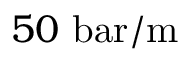
5 0 \ \mathrm { b a r / m }